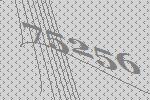
75256